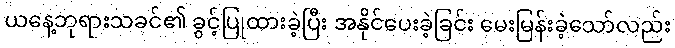
ယနေ့ဘုရားသခင်၏ ခွင့်ပြုထားခဲ့ပြီး အနိုင်ပေးခဲ့ခြင်း မေးမြန်းခဲ့သော်လည်း